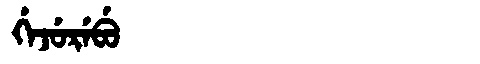
Manchu: ᡤᡝᠵᡠᡵᡝᠪᡠ
Romanization: GEJUREBU